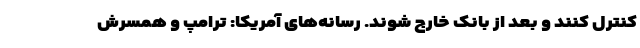
کنترل کنند و بعد از بانک خارج شوند. رسانه‌های آمریکا: ترامپ و همسرش